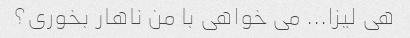
هی لیزا... می خواهی با من ناهار بخوری؟